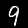
Label: 9